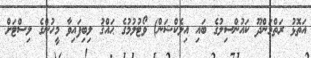
އަތޮޅު ރަތްމަންދޫ ކައުންސިލުގެ ބައި އިލެކްޝަން) ވޯޓުލުމުގެ ޙައްޤު ލިބިފައިވާ މީހުންގެ ލިސްޓަށް